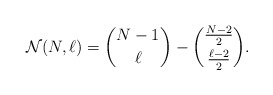
\begin{align*}{\cal{N}}(N,\ell) = { N-1 \choose \ell} -{\frac{N-2}{2} \choose \frac{\ell- 2}{2} }.\end{align*}